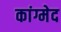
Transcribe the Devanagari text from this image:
कांग्मेद